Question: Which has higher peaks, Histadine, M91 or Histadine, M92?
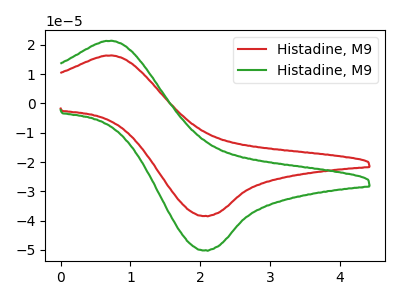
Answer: <think>The red curve "Histadine, M91" has an anodic peak at (0.75V, 16.35uA) and a cathodic peak at (2.05V, -38.35uA). The green curve "Histadine, M92" has an anodic peak at (0.75V, 21.35uA) and a cathodic peak at (2.05V, -50.10uA).</think>
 <answer>Every peak in "Histadine, M91" is lower than every peak in "Histadine, M92".</answer>
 <eval>lower</eval>